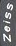
Zeiss